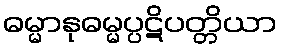
ဓမ္မာနုဓမ္မပ္ပဋိပတ္တိယာ